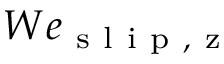
W e _ { \mathrm { ~ s ~ l ~ i ~ p ~ , ~ z ~ } }